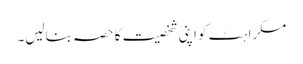
مسکراہٹ کو اپنی شخصیت کا حصہ بنالیں۔